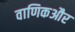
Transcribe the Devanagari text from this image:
वाणिकऔर